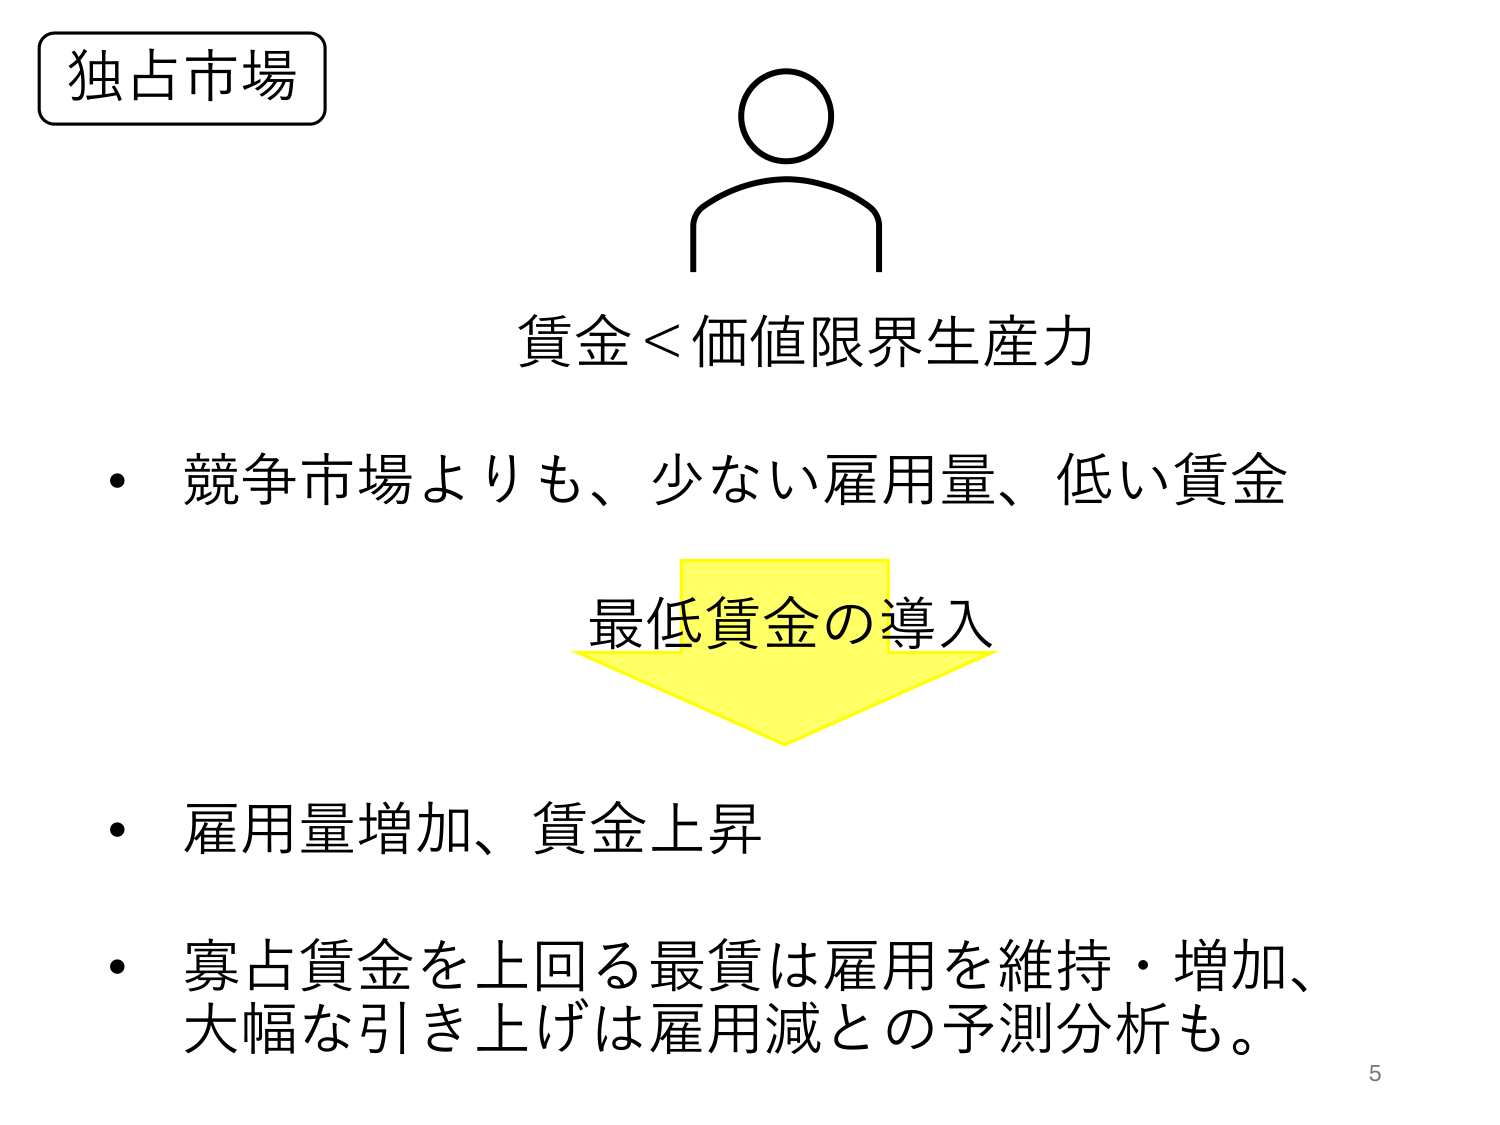
独占市場
賃金＜価値限界生産力
・競争市場よりも、少ない雇用量、低い賃金
最低賃金の導入
・雇用量増加、賃金上昇
・寡占賃金を上回る最賃は雇用を維持・増加、大幅な引き上げは雇用減との予測分析も。
5